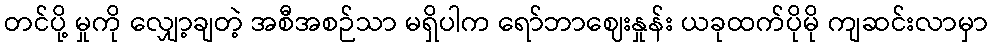
တင်ပို့ မှုကို လျှော့ချတဲ့ အစီအစဉ်သာ မရှိပါက ရော်ဘာဈေးနှုန်း ယခုထက်ပိုမို ကျဆင်းလာမှာ